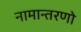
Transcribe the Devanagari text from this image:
नामान्तरणो